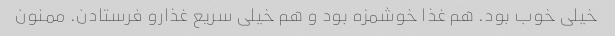
خیلی خوب بود. هم غذا خوشمزه بود و هم خیلی سریع غذارو فرستادن. ممنون